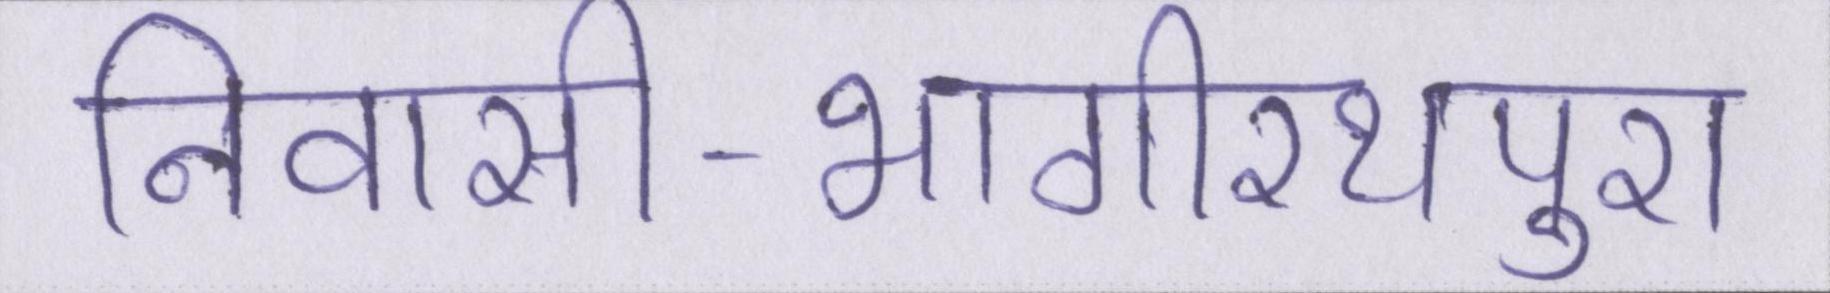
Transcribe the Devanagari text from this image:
निवासी-भागीरथपुरा